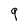
Character: q